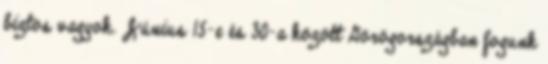
biztos vagyok. Június 15-e és 30-a között Görögországban fogunk